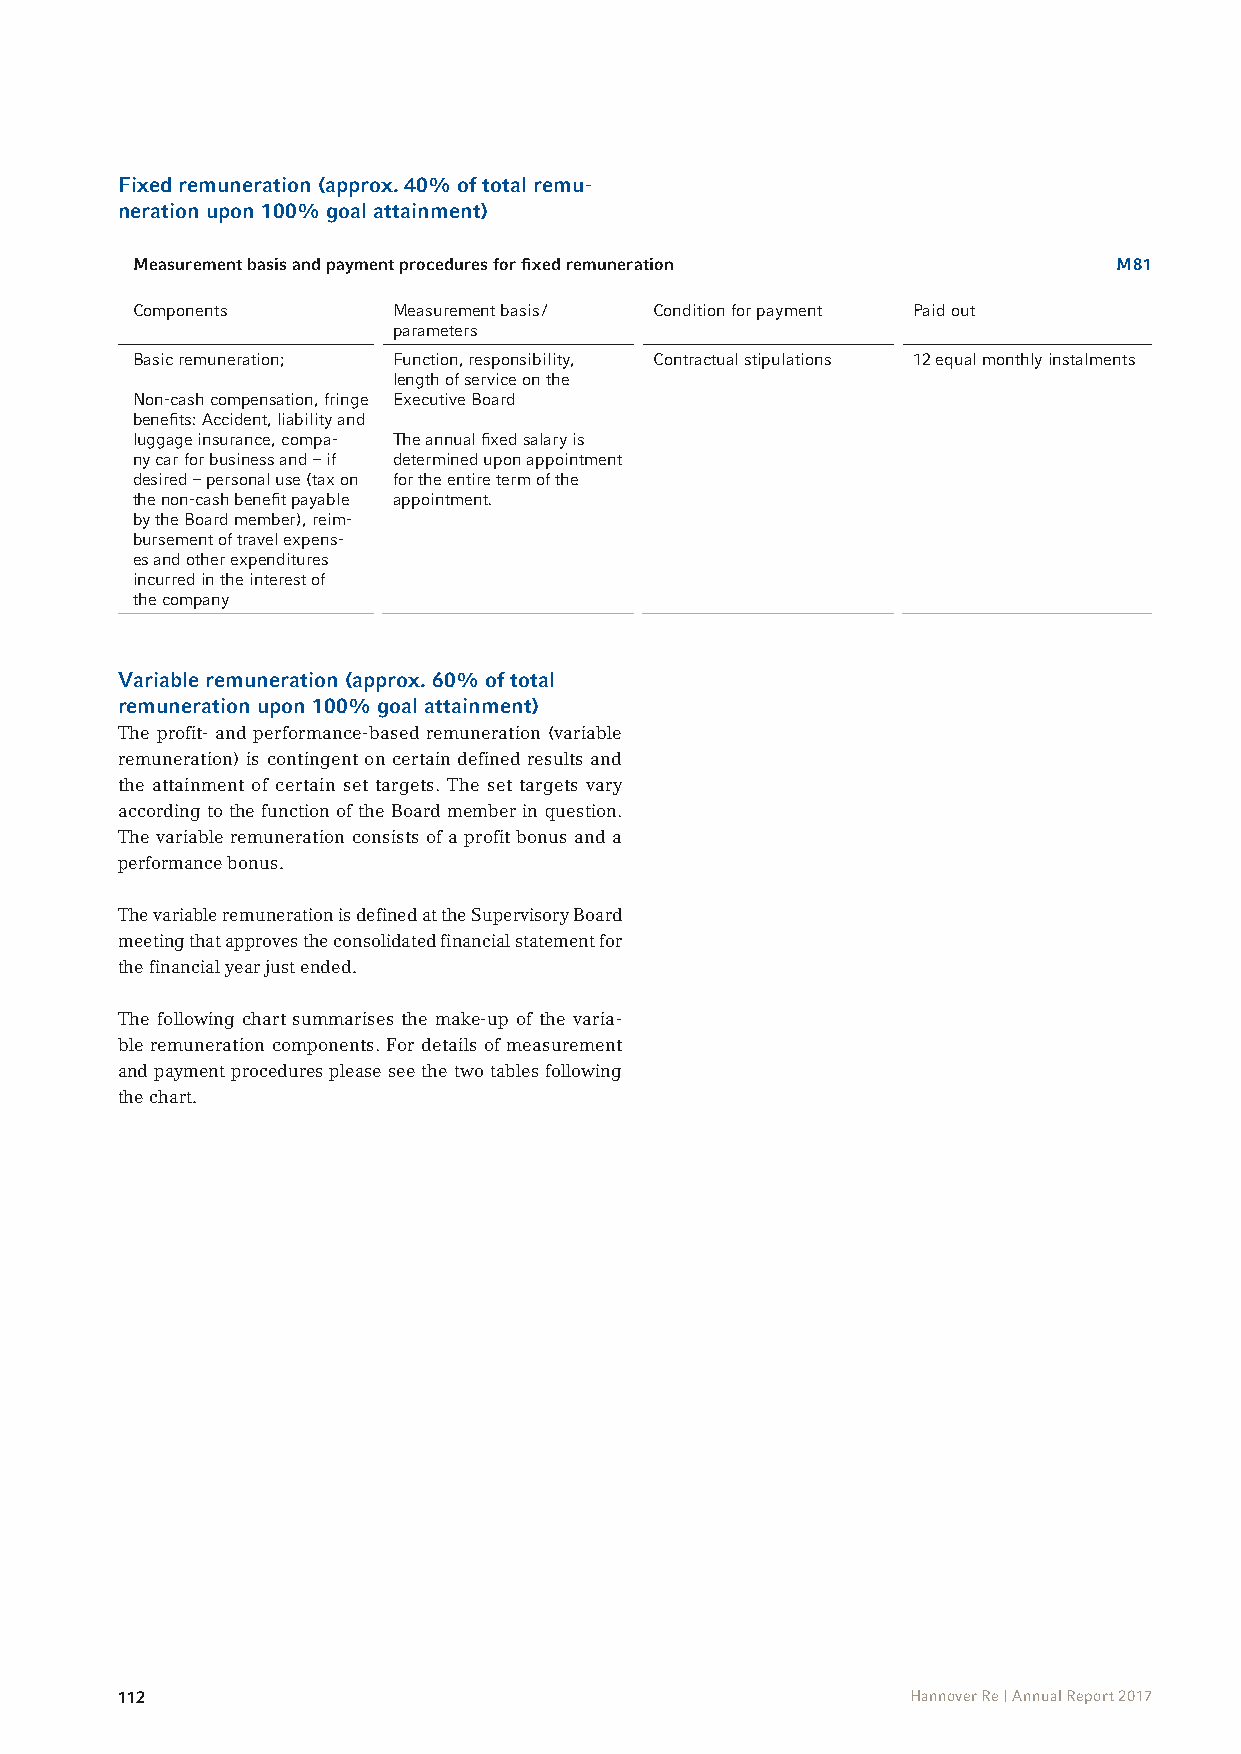
Fixed remuneration (approx. 40% of total remu-
 neration upon 100% goal attainment)
 Measurement basis and payment procedures for fixed remuneration  M 81
 Components       Measurement basis / Condition for payment Paid out
 parameters
 Basic remuneration; Function, responsibility, Contractual stipulations 12 equal monthly instalments
 length of service on the
 Non-cash compensation, fringe Executive Board
 benefits: Accident, liability and
 luggage insurance, compa- The annual fixed salary is
 ny car for business and – if determined upon appointment
 desired – personal use (tax on for the entire term of the
 the non-cash benefit payable appointment.
 by the Board member), reim-
 bursement of travel expens-
 es and other expenditures
 incurred in the interest of
 the company
 Variable remuneration (approx. 60% of total
 remuneration upon 100% goal attainment)
 The profit- and performance-based remuneration (variable
 remuneration) is contingent on certain defined results and
 the attainment of certain set targets. The set targets vary
 according to the function of the Board member in question.
 The variable remuneration consists of a profit bonus and a
 performance bonus.
 The variable remuneration is defined at the Supervisory Board
 meeting that approves the consolidated financial statement for
 the financial year just ended.
 The following chart summarises the make-up of the varia-
 ble remuneration components. For details of measurement
 and payment procedures please see the two tables following
 the chart.
 112                                                 Hannover Re | Annual Report 2017